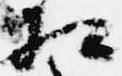
相